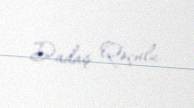
Dadaş Qoçulu